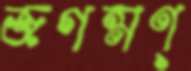
জগন্মণ্